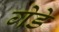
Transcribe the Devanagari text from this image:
गेडे